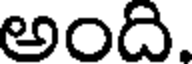
అంది.